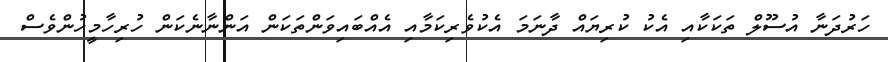
ހަރުދަނާ އުސޫލް ތަކަކާއި އެކު ކުރިޔައް ދާނަމަ އެކުވެރިކަމާއި އެއްބައިވަންތަކަން އަންނާނެކަން ހުރިހާމީހުންވެސް